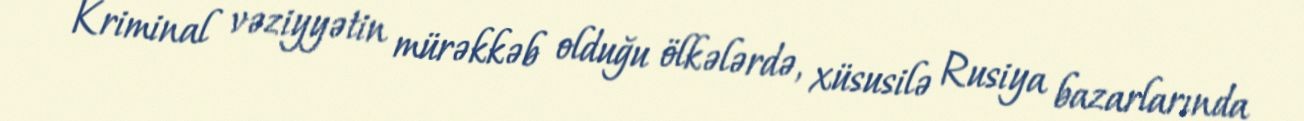
- Kriminal vəziyyətin mürəkkəb olduğu ölkələrdə, xüsusilə Rusiya bazarlarında